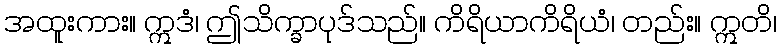
အထူးကား။ ဣဒံ၊ ဤသိက္ခာပုဒ်သည်။ ကိရိယာကိရိယံ၊ တည်း။ ဣတိ၊